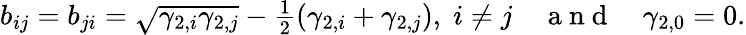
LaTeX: \begin{array}{r}{b_{ij}=b_{ji}=\sqrt{\gamma_{2,i}\gamma_{2,j}}-\frac{1}{2}(\gamma_{2,i}+\gamma_{2,j}),\; i\neq j\quad\mathrm{~a~n~d~}\quad\gamma_{2,0}=0.}\end{array}